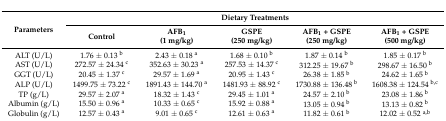
<table><thead><tr><td rowspan="3"><b>Parameters</b></td><td colspan="5"><b>Dietary Treatments</b></td></tr><tr><td rowspan="2"><b>Control</b></td><td><b>AFB<sub>1</sub></b></td><td><b>GSPE</b></td><td><b>AFB<sub>1</sub> + GSPE</b></td><td><b>AFB<sub>1</sub> + GSPE</b></td></tr><tr><td><b>(1 mg/kg)</b></td><td><b>(250 mg/kg)</b></td><td><b>(250 mg/kg)</b></td><td><b>(500 mg/kg)</b></td></tr></thead><tbody><tr><td>ALT (U/L)</td><td>1.76 ± 0.13 <sup>b</sup></td><td>2.43 ± 0.18 <sup>a</sup></td><td>1.68 ± 0.10 <sup>b</sup></td><td>1.87 ± 0.14 <sup>b</sup></td><td>1.85 ± 0.17 <sup>b</sup></td></tr><tr><td>AST (U/L)</td><td>272.57 ± 24.34 <sup>c</sup></td><td>352.63 ± 30.23 <sup>a</sup></td><td>257.53 ± 14.37 <sup>c</sup></td><td>312.25 ± 19.67 <sup>b</sup></td><td>298.67 ± 16.50 <sup>b</sup></td></tr><tr><td>GGT (U/L)</td><td>20.45 ± 1.37 <sup>c</sup></td><td>29.57 ± 1.69 <sup>a</sup></td><td>20.95 ± 1.43 <sup>c</sup></td><td>26.38 ± 1.85 <sup>b</sup></td><td>24.62 ± 1.65 <sup>b</sup></td></tr><tr><td>ALP (U/L)</td><td>1499.75 ± 73.22 <sup>c</sup></td><td>1891.43 ± 144.70 <sup>a</sup></td><td>1481.93 ± 88.92 <sup>c</sup></td><td>1730.88 ± 136.48 <sup>b</sup></td><td>1608.38 ± 124.54 <sup>b,c</sup></td></tr><tr><td>TP (g/L)</td><td>29.57 ± 2.07 <sup>a</sup></td><td>18.32 ± 1.43 <sup>c</sup></td><td>29.45 ± 1.01 <sup>a</sup></td><td>24.57 ± 2.10 <sup>b</sup></td><td>23.08 ± 1.86 <sup>b</sup></td></tr><tr><td>Albumin (g/L)</td><td>15.50 ± 0.96 <sup>a</sup></td><td>10.33 ± 0.65 <sup>c</sup></td><td>15.92 ± 0.88 <sup>a</sup></td><td>13.05 ± 0.94 <sup>b</sup></td><td>13.13 ± 0.82 <sup>b</sup></td></tr><tr><td>Globulin (g/L)</td><td>12.57 ± 0.43 <sup>a</sup></td><td>9.01 ± 0.65 <sup>c</sup></td><td>12.61 ± 0.63 <sup>a</sup></td><td>11.82 ± 0.61 <sup>b</sup></td><td>12.02 ± 0.52 <sup>a,b</sup></td></tr></tbody></table>